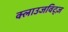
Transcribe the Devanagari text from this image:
क्लाउजविट्ज़